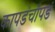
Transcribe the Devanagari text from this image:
कापडंचॉपडं